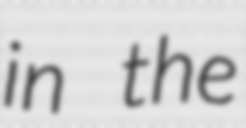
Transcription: in the